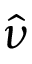
\Hat { \nu }